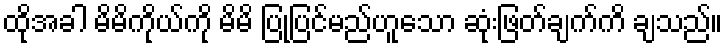
ထိုအခါ မိမိကိုယ်ကို မိမိ ပြုပြင်မည်ဟူသော ဆုံးဖြတ်ချက်ကိ ချသည်။